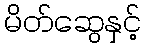
မိတ်ဆွေနှင့်